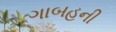
ગાબહની